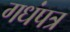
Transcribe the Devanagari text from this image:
गधंपत्र